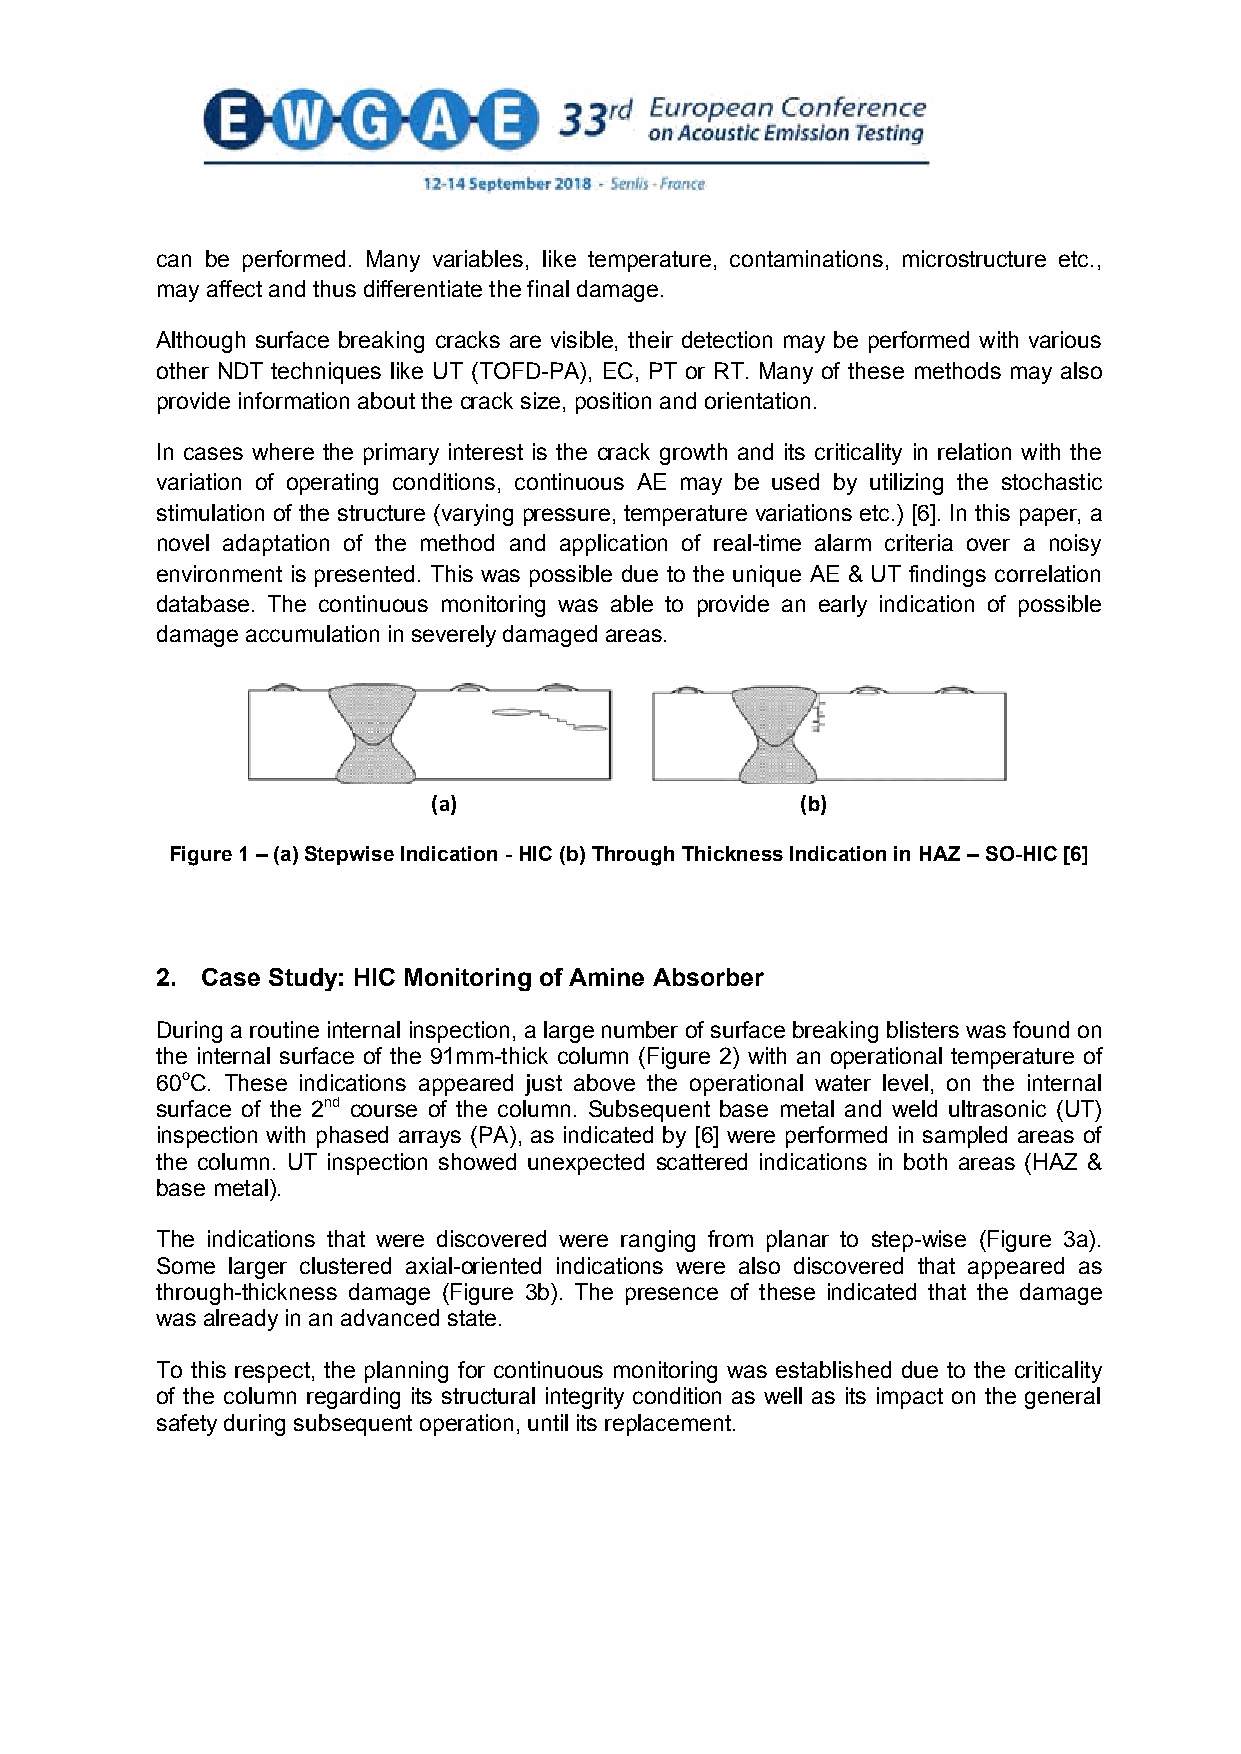
can be performed. Many variables, like temperature, contaminations, microstructure etc.,
 may affect and thus differentiate the final damage.
 Although surface breaking cracks are visible, their detection may be performed with various
 other NDT techniques like UT (TOFD-PA), EC, PT or RT. Many of these methods may also
 provide information about the crack size, position and orientation.
 In cases where the primary interest is the crack growth and its criticality in relation with the
 variation of operating conditions, continuous AE may be used by utilizing the stochastic
 stimulation of the structure (varying pressure, temperature variations etc.) [6]. In this paper, a
 novel adaptation of the method and application of real-time alarm criteria over a noisy
 environment is presented. This was possible due to the unique AE & UT findings correlation
 database. The continuous monitoring was able to provide an early indication of possible
 damage accumulation in severely damaged areas.
 (a)                     (b)
 Figure 1 – (a) Stepwise Indication - HIC (b) Through Thickness Indication in HAZ – SO-HIC [6]
 2. Case Study: HIC Monitoring of Amine Absorber
 During a routine internal inspection, a large number of surface breaking blisters was found on
 the internal surface of the 91mm-thick column (Figure 2) with an operational temperature of
 60οC. These indications appeared just above the operational water level, on the internal
 surface of the 2nd course of the column. Subsequent base metal and weld ultrasonic (UT)
 inspection with phased arrays (PA), as indicated by [6] were performed in sampled areas of
 the column. UT inspection showed unexpected scattered indications in both areas (HAZ &
 base metal).
 The indications that were discovered were ranging from planar to step-wise (Figure 3a).
 Some larger clustered axial-oriented indications were also discovered that appeared as
 through-thickness damage (Figure 3b). The presence of these indicated that the damage
 was already in an advanced state.
 To this respect, the planning for continuous monitoring was established due to the criticality
 of the column regarding its structural integrity condition as well as its impact on the general
 safety during subsequent operation, until its replacement.
 2